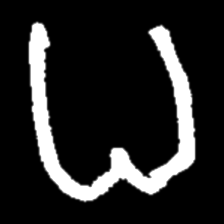
Pyu character \u2014 Myanmar letter: ဓ (romanized: dha)